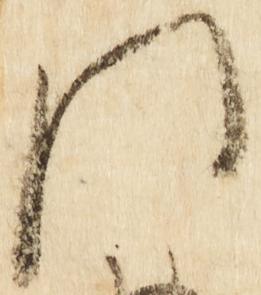
門